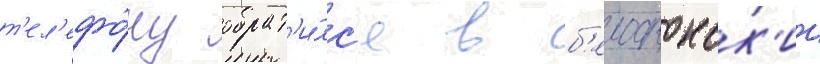
т'ел'ефо́ну обрат'и́лс'я в б'елостокск'ии